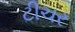
ટીચર